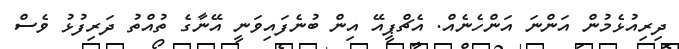
ދިރިއުޅެމުން އަންނަ އަންހެނެއް. އެޗްޕީއޭ އިން ބުނެފައިވަނީ އޭނާގެ ތުއްތު ދަރިފުޅު ވެސް